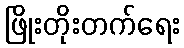
ဖြိုးတိုးတက်ရေး